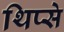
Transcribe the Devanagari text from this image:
थिप्से